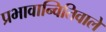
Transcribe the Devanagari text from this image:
प्रभावान्वितिवाले